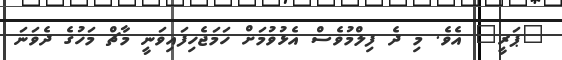
"ޕަރީ" އެވެ. މި ދެ ފިލްމުވެސް އެޅުވުމަށް ހަމަޖެހިފައިވަނީ މާޗް މަހުގެ ދެވަނަ